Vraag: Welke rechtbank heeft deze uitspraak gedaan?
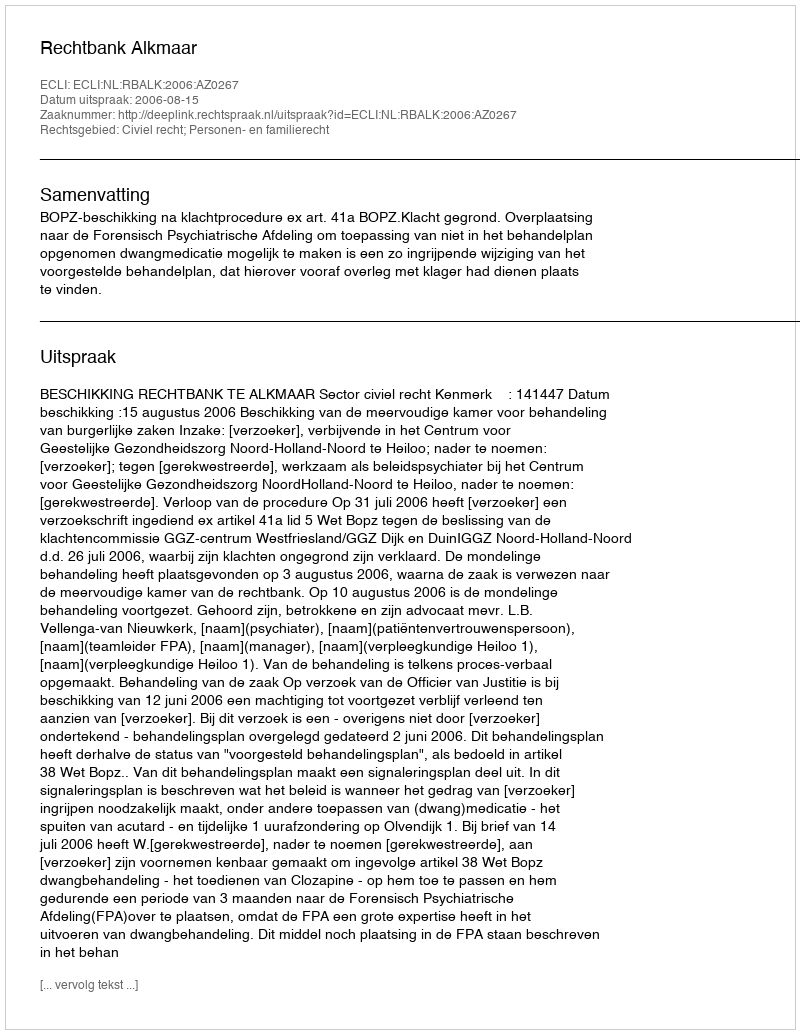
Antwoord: Rechtbank Alkmaar